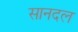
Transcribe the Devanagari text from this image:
सानदल